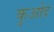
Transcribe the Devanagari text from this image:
कुओद